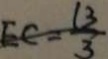
E C = \frac { 1 3 } { 3 }